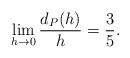
LaTeX: \begin{align*} \begin{aligned} \lim _{h\rightarrow 0}\frac{d_P(h)}{h}=\frac{3}{5}. \end{aligned} \end{align*}